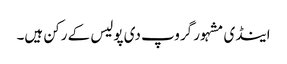
اینڈی مشہور گروپ دی پولیس کے رکن ہیں۔